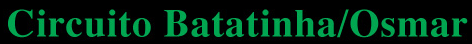
Circuito Batatinha/Osmar